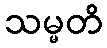
သမ္မတိ